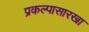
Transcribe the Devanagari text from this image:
प्रकल्पासारखा